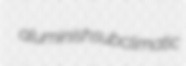
aluminish subclimatic